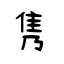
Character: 隽